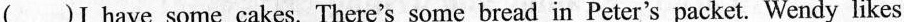
()I have some cakes. There's some bread in Peter's packet. Wendy likes